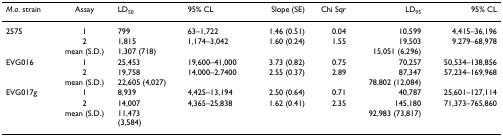
| M.a. strain | Assay | LD50 | 95% CL | Slope (SE) | Chi Sqr | LD95 | 95% CL |
 | --- | --- | --- | --- | --- | --- | --- | --- |
 | 2575 | 1 | 799 | 63–1,722 | 1.46 (0.51) | 0.04 | 10,599 | 4,415–36,196 |
 |  | 2 | 1,815 | 1,174–3,042 | 1.60 (0.24) | 1.55 | 19,503 | 9.279–68,978 |
 |  | mean (S.D.) | 1,307 (718) |  |  |  | 15,051 (6,296) |  |
 | EVG016 | 1 | 25,453 | 19,600–41,000 | 3.73 (0.82) | 0.75 | 70,257 | 50,534–138,856 |
 |  | 2 | 19,758 | 14,000–2.7400 | 2.55 (0.37) | 2.89 | 87,347 | 57,234–169,968 |
 |  | mean (S.D.) | 22,605 (4,027) |  |  |  | 78,802 (12,084) |  |
 | EVG017g | 1 | 8,939 | 4,425–13,194 | 2.50 (0.64) | 0.71 | 40,787 | 25,601–127,114 |
 |  | 2 | 14,007 | 4,365–25,838 | 1.62 (0.41) | 2.35 | 145,180 | 71,373–765,860 |
 |  | mean (S.D.) | 11,473(3,584) |  |  |  | 92,983 (73,817) |  |